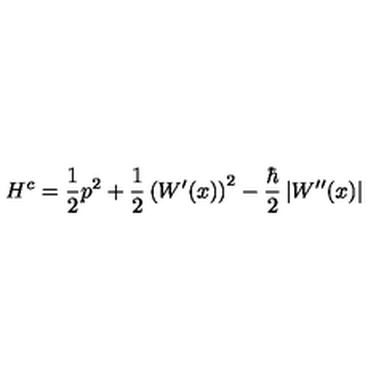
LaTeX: H ^ { c } = \frac { 1 } { 2 } p ^ { 2 } + \frac { 1 } { 2 } \left( W ^ { \prime } ( x ) \right) ^ { 2 } - \frac { \hbar } { 2 } \left| W ^ { \prime \prime } ( x ) \right|